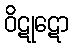
ဝိဋုဋော